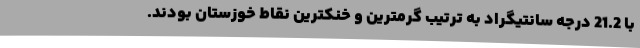
با 21.2 درجه سانتیگراد به ترتیب گرمترین و خنکترین نقاط خوزستان بودند.